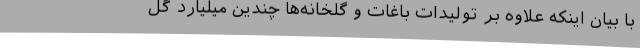
با بیان اینکه علاوه بر تولیدات باغات و گلخانه‌ها چندین میلیارد گل